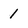
Character: 1